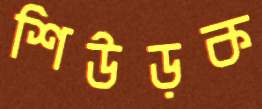
শিউড়ক